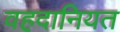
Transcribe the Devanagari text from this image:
वहदानियत